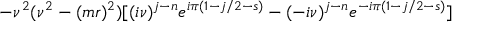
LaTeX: - \nu ^ { 2 } ( \nu ^ { 2 } - ( m r ) ^ { 2 } ) [ ( i \nu ) ^ { j - n } e ^ { i \pi ( 1 - j / 2 - s ) } - ( - i \nu ) ^ { j - n } e ^ { - i \pi ( 1 - j / 2 - s ) } ]